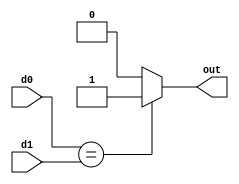
module equal(d0, d1, 
             out);

input [31:0] d0, d1;
output out;

assign out = (d0 == d1) ? 1 : 0 ;

endmodule